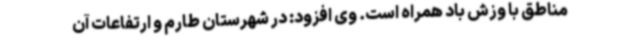
مناطق با وزش باد همراه است. وی افزود: در شهرستان طارم و ارتفاعات آن